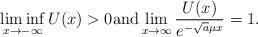
LaTeX: \begin{align*}\liminf_{x\to -\infty}U(x)>0{\rm and}\lim_{x\to\infty}\frac{U(x)}{e^{- \sqrt a\mu x}}=1.\end{align*}